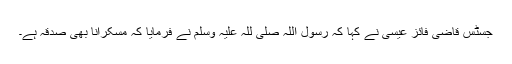
جسٹس قاضی فائز عیسیٰ نے کہا کہ رسول اللہ صلی للہ علیہ وسلم نے فرمایا کہ مسکرانا بھی صدقہ ہے۔